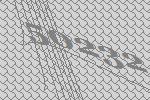
50232